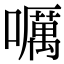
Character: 𡂖